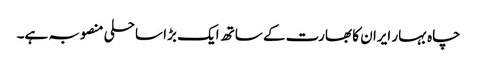
چاہ بہار ایران کا بھارت کے ساتھ ایک بڑا ساحلی منصوبہ ہے۔